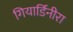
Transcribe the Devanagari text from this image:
गियार्डिनीरा